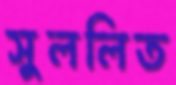
সুললিত